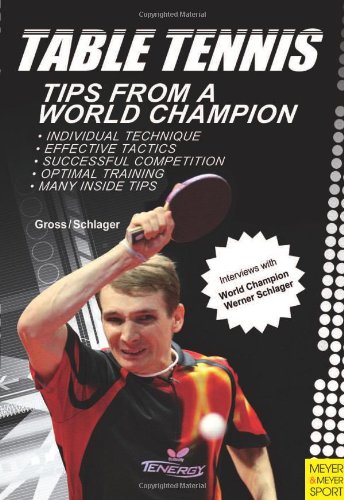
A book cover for Table Tennis: Tips from a World Champion; Bernd Ulrich Gross; Sports & Outdoors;